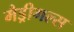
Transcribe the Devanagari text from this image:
मैड्रीगल्स